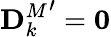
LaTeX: {\mathbf{D}_{k}^{M}}^{\prime}=\mathbf{0}